Document type: Dowry acquittance
Year: 1240
Scribe: Pere de Bages
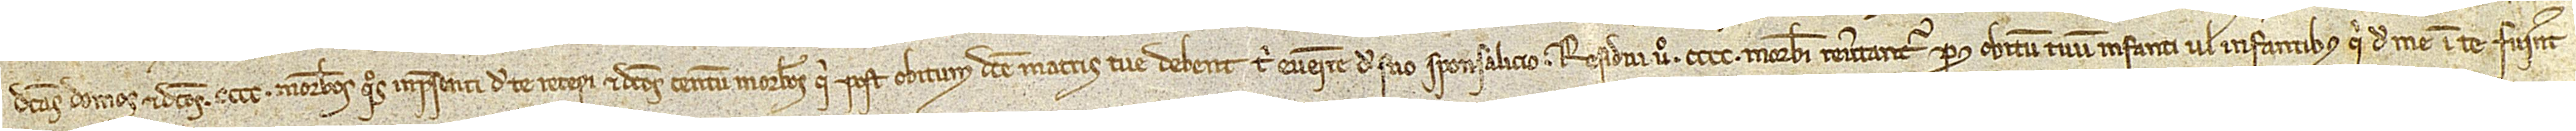
dictas domos et dictos CCCC morabatinos quos in presenti de te recepi et dictos centum morabatinos qui post obitum dicte matris tue debent tibi evenire de suo sponsalicio. Residui vero CCCC morabatini revertantur post obitum tuum infanti vel infantibus qui de me in te fuerint